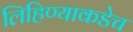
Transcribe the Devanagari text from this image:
लिहिण्याकडेच